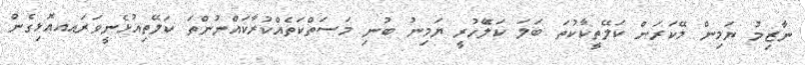
ނާޒިމު ޔަމިން މޭކަރަން ކަލޭތީކާކުތަ ބަލަ ކަލެޭހުރީ ޔަމިނު ބުނި މަސަތްކަތެއްކުރާކައްނުންތަ ކަލޭތިއުޅެނީވަރައއއޮޅިގެން